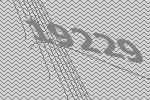
19229